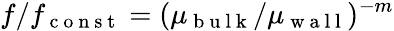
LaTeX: f/f_{\mathrm{~c~o~n~s~t~}}=(\mu_{\mathrm{~b~u~l~k~}}/\mu_{\mathrm{~w~a~l~l~}})^{-m}